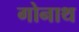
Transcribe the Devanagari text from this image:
गोनाथ